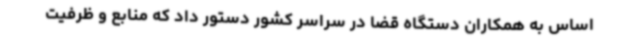
اساس به همکاران دستگاه قضا در سراسر کشور دستور داد که منابع و ظرفیت